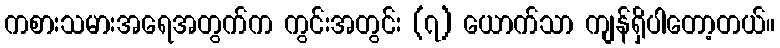
ကစားသမားအရေအတွက်က ကွင်းအတွင်း (၇) ယောက်သာ ကျန်ရှိပါတော့တယ်။